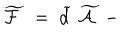
\widetilde { \mathcal { F } } \; = \; \widetilde { d } \; \widetilde { \mathcal { A } } \; -